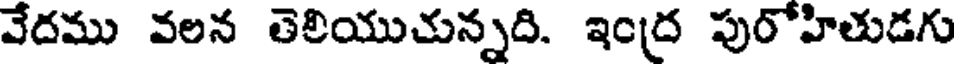
వేదము వలన తెలియుచున్నది. ఇంద్ర పురోహితుడగు